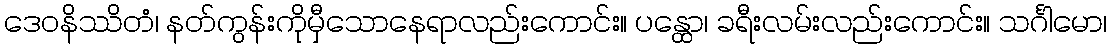
ဒေဝနိဿိတံ၊ နတ်ကွန်းကိုမှီသောနေရာလည်းကောင်း။ ပန္ထော၊ ခရီးလမ်းလည်းကောင်း။ သင်္ဂါမော၊